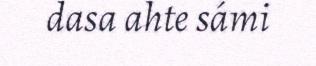
dasa ahte sámi